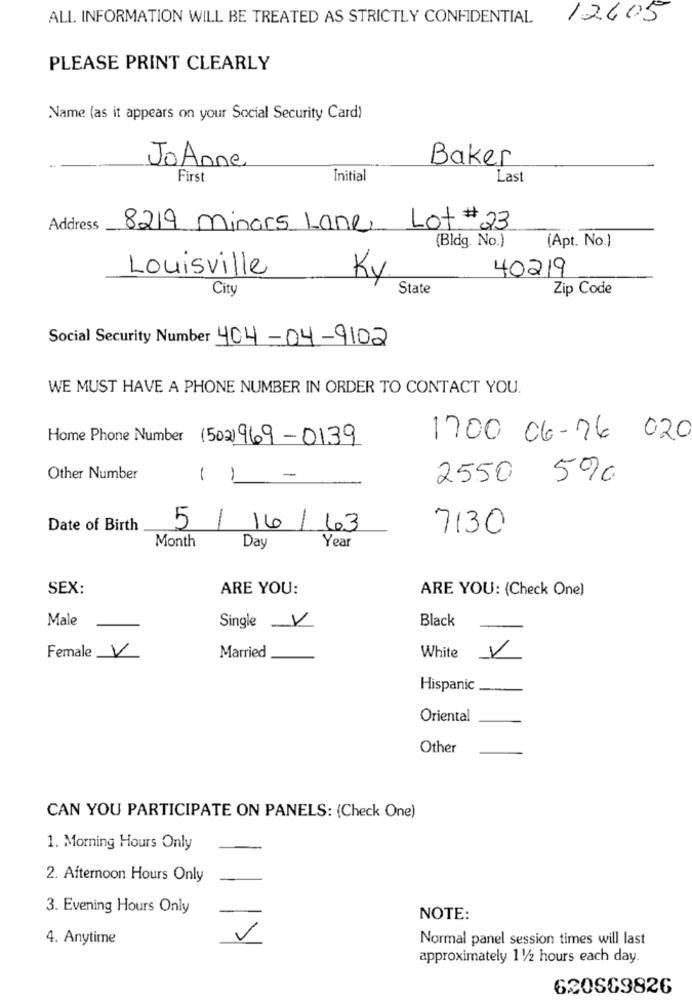
ALL. INFORMATION WILL BE TREATED AS STRICTLY CONFIDENTIAL
12605
PLEASE PRINT CLEARLY
Name (as it appears on your Social Security Card)
Baker
JoAnne
First
Initial
Last
Address
8219 minors Lane
Lot #23
(Bldg. No.)
(Apt. No.]
Louisville
40219
Ky
City
State
Zip Code
Social Security Number 404-04-9102
WE MUST HAVE A PHONE NUMBER IN ORDER TO CONTACT YOU.
Home Phone Number (502) 969-0139
1700 06-76 020
Other Number
1
1
-
2550 5%
1
Date of Birth
5
16/ 63
7130
Month
Day
Year
SEX:
ARE YOU:
ARE YOU: (Check One)
Male
Black
Single V
Female V
Married
White
Hispanic
--
Oriental
Other
CAN YOU PARTICIPATE ON PANELS: (Check One)
1. Morning Hours Only
2. Afternoon Hours Only
3. Evening Hours Only
NOTE:
4. Anytime
Normal panel session times will last
approximately 11/2 hours each day.
620SC9826